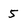
Character: 5